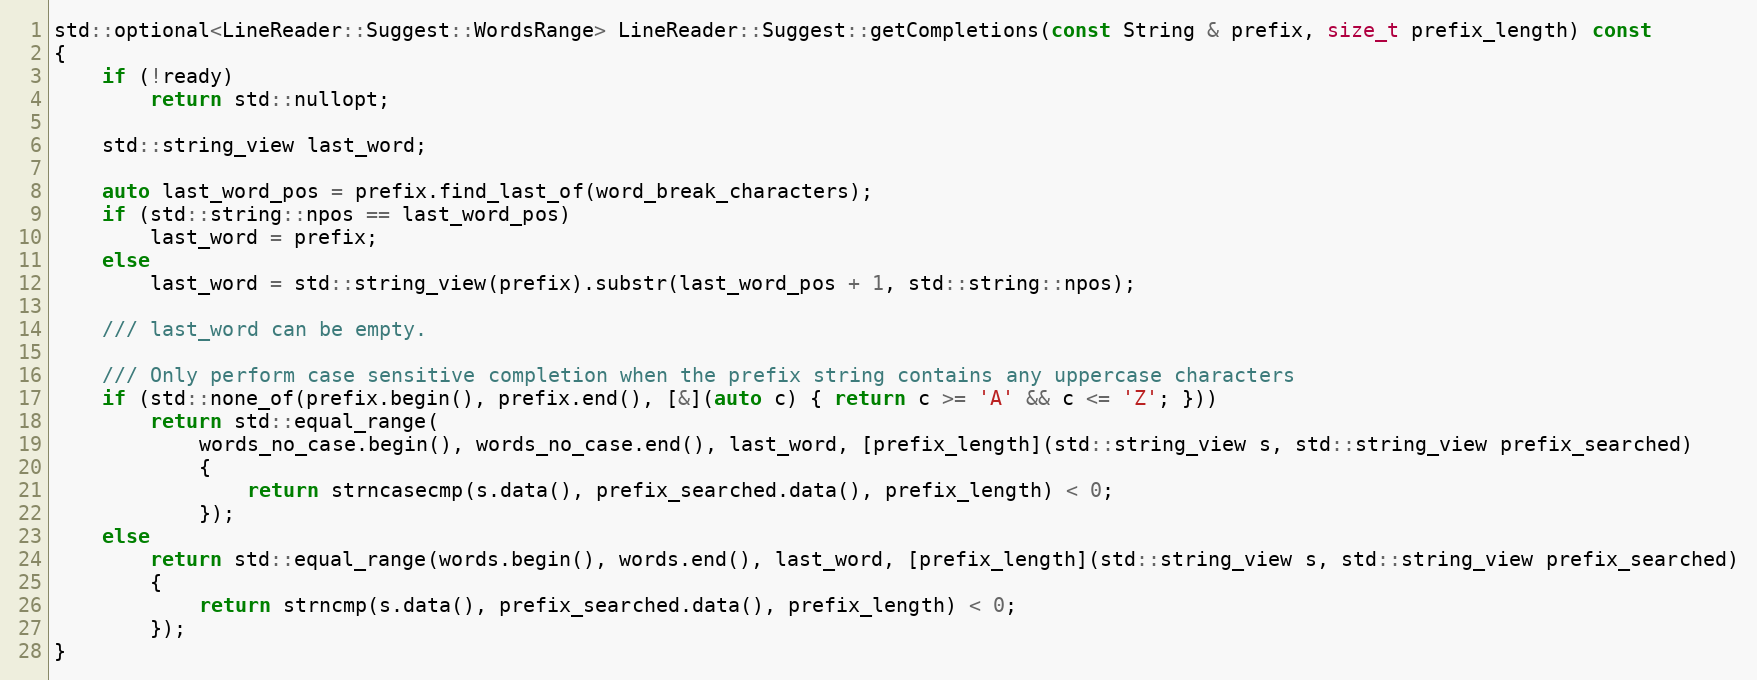
Language: C++
std::optional<LineReader::Suggest::WordsRange> LineReader::Suggest::getCompletions(const String & prefix, size_t prefix_length) const
{
    if (!ready)
        return std::nullopt;

    std::string_view last_word;

    auto last_word_pos = prefix.find_last_of(word_break_characters);
    if (std::string::npos == last_word_pos)
        last_word = prefix;
    else
        last_word = std::string_view(prefix).substr(last_word_pos + 1, std::string::npos);

    /// last_word can be empty.

    /// Only perform case sensitive completion when the prefix string contains any uppercase characters
    if (std::none_of(prefix.begin(), prefix.end(), [&](auto c) { return c >= 'A' && c <= 'Z'; }))
        return std::equal_range(
            words_no_case.begin(), words_no_case.end(), last_word, [prefix_length](std::string_view s, std::string_view prefix_searched)
            {
                return strncasecmp(s.data(), prefix_searched.data(), prefix_length) < 0;
            });
    else
        return std::equal_range(words.begin(), words.end(), last_word, [prefix_length](std::string_view s, std::string_view prefix_searched)
        {
            return strncmp(s.data(), prefix_searched.data(), prefix_length) < 0;
        });
}